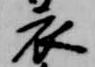
衣